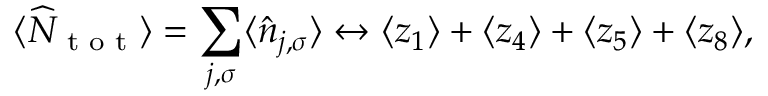
\langle \widehat { N } _ { \textnormal { t o t } } \rangle = \sum _ { j , \sigma } \langle \hat { n } _ { { j } , \sigma } \rangle \leftrightarrow \langle z _ { 1 } \rangle + \langle z _ { 4 } \rangle + \langle z _ { 5 } \rangle + \langle z _ { 8 } \rangle ,